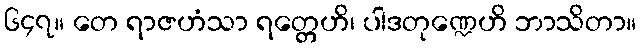
၆၄၇။ တေ ရာဇဟံသာ ရတ္တေဟိ၊ ပါဒတုဏ္ဍေဟိ ဘာသိတာ။